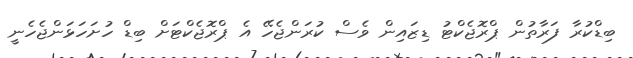
ބިޑްކުރާ ފަރާތުން ޕްރޮޖެކްޓު ޑިޒައިން ވެސް ކުރަންޖެހޭ އެ ޕްރޮޖެކްޓަށް ބިޑް ހުށަހަޅަންޖެހެނީ